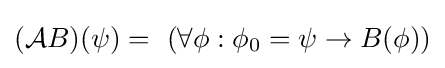
({\mathcal {A}}B)(\psi )=\ (\forall \phi :\phi _{0}=\psi \to B(\phi ))